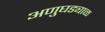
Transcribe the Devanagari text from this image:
अणुघड्याळ